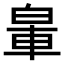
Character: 𨋧